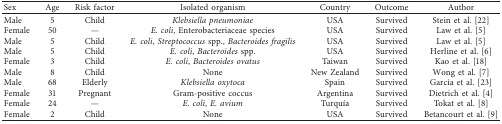
| Sex | Age | Risk factor | Isolated organism | Country | Outcome | Author |
 | --- | --- | --- | --- | --- | --- | --- |
 | Male | 5 | Child | Klebsiella pneumoniae | USA | Survived | Stein et al. [22] |
 | Female | 50 | — | E. coli, Enterobacteriaceae species | USA | Survived | Law et al. [5] |
 | Male | 5 | Child | E. coli, Streptococcus spp., Bacteroides fragilis | USA | Survived | Law et al. [5] |
 | Male | 5 | Child | E. coli, Bacteroides spp. | USA | Survived | Herline et al. [6] |
 | Female | 3 | Child | E. coli, Bacteroides ovatus | Taiwan | Survived | Kao et al. [18] |
 | Male | 8 | Child | None | New Zealand | Survived | Wong et al. [7] |
 | Male | 68 | Elderly | Klebsiella oxytoca | Spain | Survived | García et al. [23] |
 | Female | 31 | Pregnant | Gram-positive coccus | Argentina | Survived | Dietrich et al. [4] |
 | Female | 24 | — | E. coli, E. avium | Turquía | Survived | Tokat et al. [8] |
 | Female | 2 | Child | None | USA | Survived | Betancourt et al. [9] |